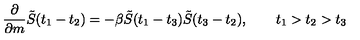
{ \frac { \partial } { \partial { m } } } \tilde { S } ( t _ { 1 } - t _ { 2 } ) = - \beta \tilde { S } ( t _ { 1 } - t _ { 3 } ) \tilde { S } ( t _ { 3 } - t _ { 2 } ) , \qquad t _ { 1 } > t _ { 2 } > t _ { 3 }